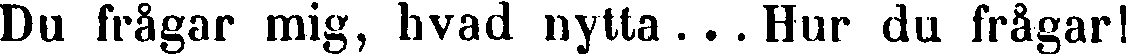
Du frågar mig, hvad nytta . . . Hur du frågar!